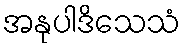
အနုပါဒိသေသံ